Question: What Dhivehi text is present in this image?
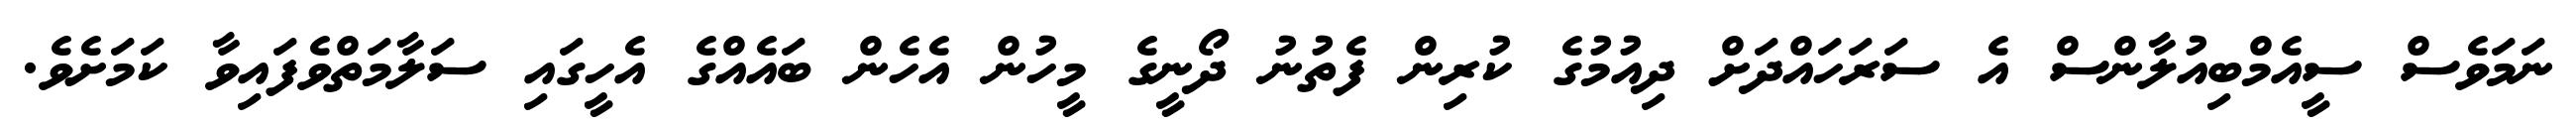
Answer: ނަމަވެސް ސީއެމްބިއުލާންސް އެ ސަރަހައްދަށް ދިއުމުގެ ކުރިން ފެތުނު ދޯނީގެ މީހުން އެހެން ބައެއްގެ އެހީގައި ސަލާމަތްވެފައިވާ ކަމަށެވެ.